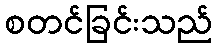
စတင်ခြင်းသည်